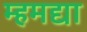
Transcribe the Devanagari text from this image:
म्हमद्या